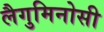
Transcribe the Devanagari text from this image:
लैगुमिनोसी